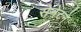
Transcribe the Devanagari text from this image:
सेनेटने